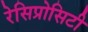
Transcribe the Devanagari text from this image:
रेसिप्रोसिटी